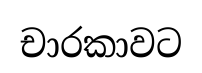
චාරකාවට